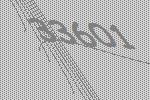
33601